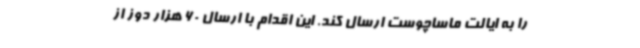
را به ایالت ماساچوست ارسال کند. این اقدام با ارسال 60 هزار دوز از